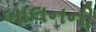
બાલનની